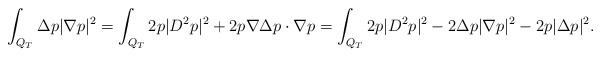
LaTeX: \begin{align*}\int_{Q_T} \Delta p|\nabla p|^2=\int_{Q_T} 2p|D^2p|^2+2p\nabla \Delta p\cdot \nabla p=\int_{Q_T} 2p|D^2p|^2-2\Delta p|\nabla p|^2-2p|\Delta p|^2.\end{align*}